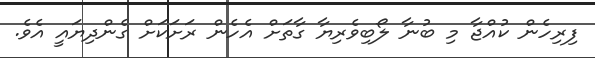
ފިރިހެން ކުއްޖާ މި ބުނާ ލޯބިވެރިޔާ ގާތަށް އެހެން ރަށަކަށް ގެންދިޔައީ އެވެ.